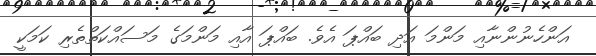
އަންހެނުންނާއި މަންމަ އަދި ބައްޕަ އެވެ. ބައްޕަ އާއި މަންމަގެ މަސައްކަތްތެރި ކަމަކީ